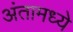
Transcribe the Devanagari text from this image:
अंतामध्ये